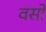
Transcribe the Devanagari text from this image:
वर्सो